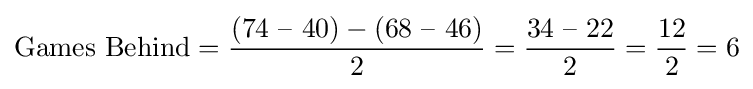
{\text{Games Behind}}={\frac {({\text{74 – 40}})-({\text{68 – 46}})}{2}}={\frac {\text{34 – 22}}{2}}={\frac {12}{2}}=6